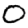
Digit: 0